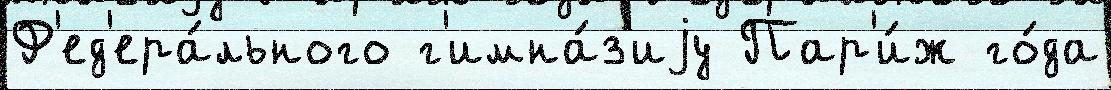
Ф'ед'ера́льного г'имна́з'иjу Пар'и́ж го́да